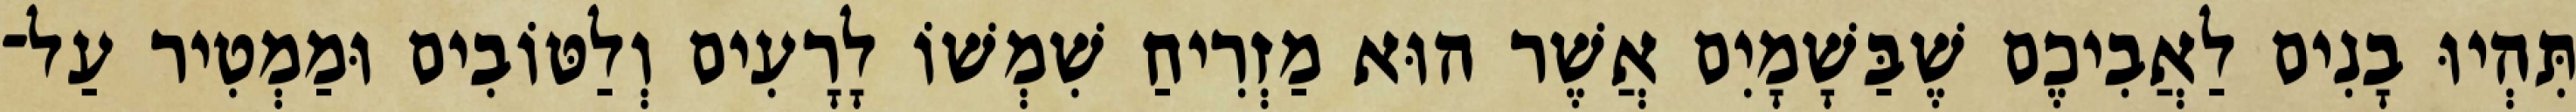
תִּהְיוּ בָנִים לַאֲבִיכֶם שֶׁבַּשָׁמָיִם אֲשֶׁר הוּא מַזְרִיחַ שִׁמְשׁוֹ לָרָעִים וְלַטּוֹבִים וּמַמְטִיר עַל־